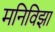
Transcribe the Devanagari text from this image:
मनिविझा